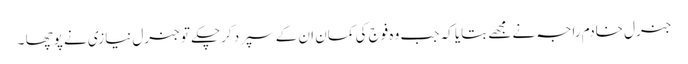
جنرل خادم راجہ نے مجھے بتایا کہ جب وہ فوج کی کمان ان کے سپرد کرچکے تو جنرل نیازی نے پوچھا ۔